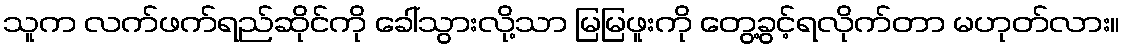
သူက လက်ဖက်ရည်ဆိုင်ကို ခေါ်သွားလို့သာ မြမြဖူးကို တွေ့ခွင့်ရလိုက်တာ မဟုတ်လား။